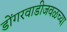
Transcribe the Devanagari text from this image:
डोंगरवाडीजवळच्या